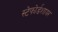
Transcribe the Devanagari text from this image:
स्टेफोर्डशायर